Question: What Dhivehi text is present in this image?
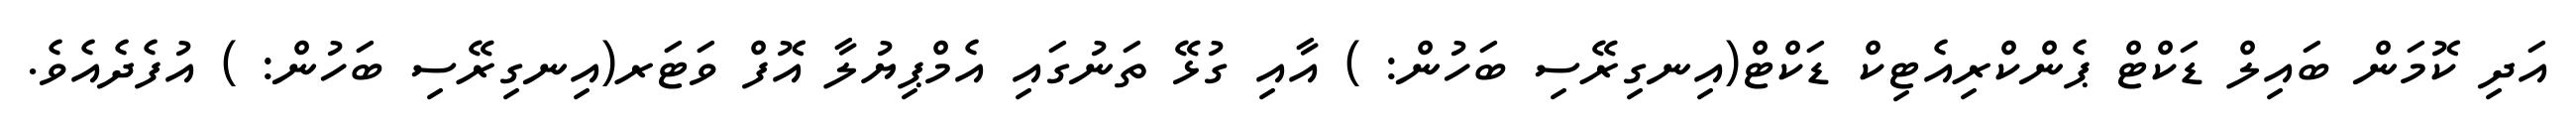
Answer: އަދި ކޮމަން ބައިލް ޑަކްޓް ޕެންކްރިއެޓިކް ޑަކްޓް(އިނގިރޭސި ބަހުން: ) އާއި ގުޅޭ ތަނުގައި އެމްޕިޔުލާ އޮފް ވަޓަރ(އިނގިރޭސި ބަހުން: ) އުފެދެއެވެ.